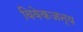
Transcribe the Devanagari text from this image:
विवेकजन्य